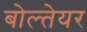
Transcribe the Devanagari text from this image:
बोल्तेयर